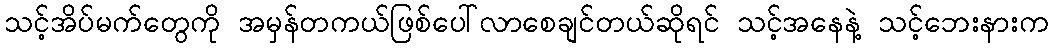
သင့်အိပ်မက်တွေကို အမှန်တကယ်ဖြစ်ပေါ်လာစေချင်တယ်ဆိုရင် သင့်အနေနဲ့ သင့်ဘေးနားက